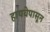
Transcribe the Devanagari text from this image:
हायवेपासून